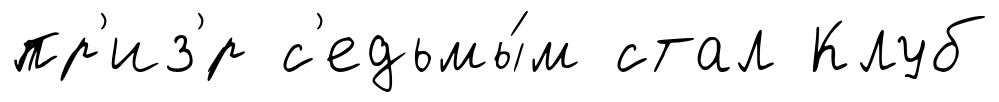
пр'из'́р с'едьмы́м стал Клуб